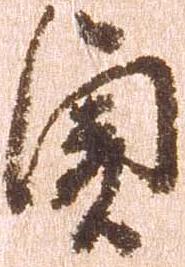
貞